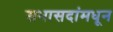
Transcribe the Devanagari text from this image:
सभासदांमधून